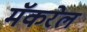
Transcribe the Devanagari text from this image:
मॅकरेल